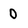
Character: 0